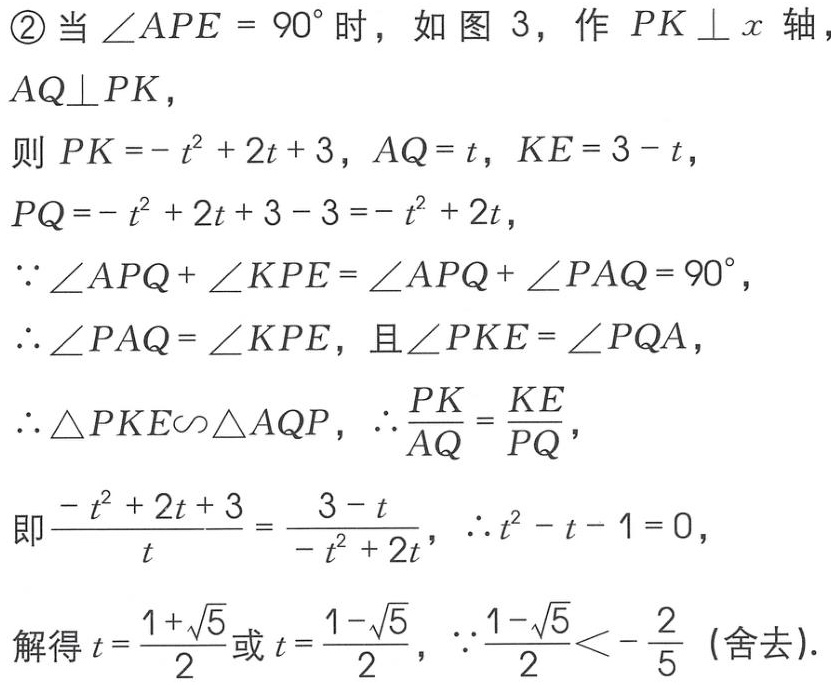
\textcircled{2}当\(\angle APE = 90^{\circ}\)时，如图 3，作 \(PK \perp x\)轴，\(AQ\perp PK\)，

则 \(PK=-t^{2}+2t + 3\)，\(AQ = t\)，\(KE = 3 - t\)，

\(PQ=-t^{2}+2t + 3 - 3=-t^{2}+2t\)，

\(\because\angle APQ+\angle KPE=\angle APQ+\angle PAQ = 90^{\circ}\)，

\(\therefore\angle PAQ=\angle KPE\)，且\(\angle PKE=\angle PQA\)，

\(\therefore\triangle PKE\sim\triangle AQP\)，\(\therefore\frac{PK}{AQ}=\frac{KE}{PQ}\)，

即\(\frac{-t^{2}+2t + 3}{t}=\frac{3 - t}{-t^{2}+2t}\)，\(\therefore t^{2}-t - 1 = 0\)，

解得\(t=\frac{1+\sqrt{5}}{2}\)或\(t=\frac{1-\sqrt{5}}{2}\)，\(\because\frac{1-\sqrt{5}}{2}<-\frac{2}{5}\) (舍去).